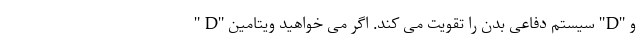
و "D" سیستم دفاعی بدن را تقویت می کند. اگر می خواهید ویتامین "D "